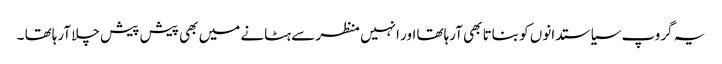
یہ گروپ سیاستدانوں کو بناتا بھی آرہاتھا اور انہیں منظر سے ہٹانے میں بھی پیش پیش چلا آرہاتھا ۔